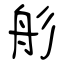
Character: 䑣